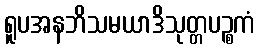
ရူပအနဘိသမယာဒိသုတ္တပဉ္စကံ